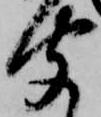
聞